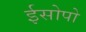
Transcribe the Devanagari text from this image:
ईसोपो